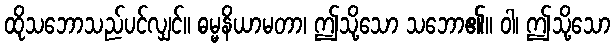
ထိုသဘောသည်ပင်လျှင်။ ဓမ္မနိယာမတာ၊ ဤသို့သော သဘော၏။ ဝါ၊ ဤသို့သော